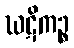
ဃဋိကဉ္စ